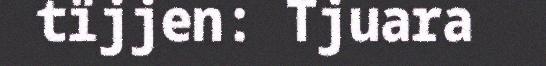
tïjjen: Tjuara